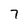
Character: 7